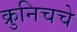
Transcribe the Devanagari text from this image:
क्रुनिचचे